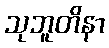
သုဘူတိနာ